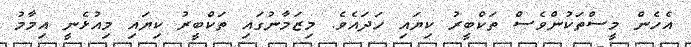
އެހެން މީސްތަކުންވެސް ތަކްބީރު ކިޔައި ހަދައެވެ. މިޒަމާނުގައި ތަކްބީރު ކިޔައި މިއުޅެނީ އިމާމު